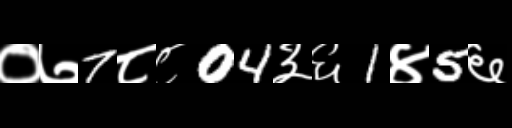
Text: ०७7८८04३६1४5६